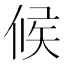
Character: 候